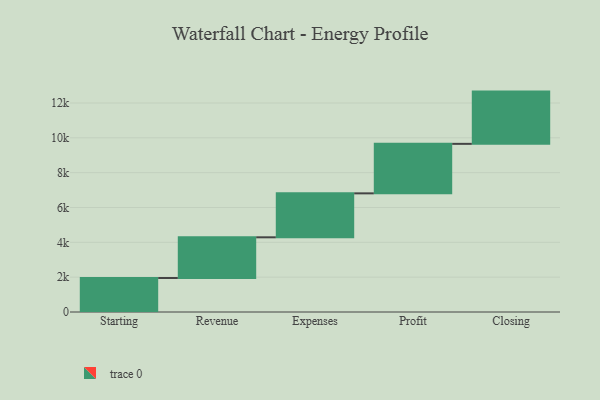
{"axis": {"x": "Step", "y": "Value"}, "legend": [""], "data": [{"x": "Starting", "y": 1951.0, "type": ""}, {"x": "Revenue", "y": 2337.0, "type": ""}, {"x": "Expenses", "y": 2524.0, "type": ""}, {"x": "Profit", "y": 2842.0, "type": ""}, {"x": "Closing", "y": 3000, "type": ""}]}